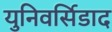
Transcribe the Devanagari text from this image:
युनिवर्सिडाद